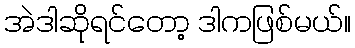
အဲဒါဆိုရင်တော့ ဒါကဖြစ်မယ်။